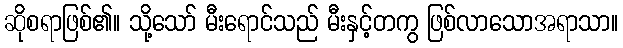
ဆိုစရာဖြစ်၏။ သို့သော် မီးရောင်သည် မီးနှင့်တကွ ဖြစ်လာသောအရာသာ။